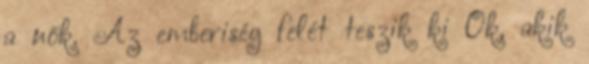
a nők. Az emberiség felét teszik ki Ők, akik